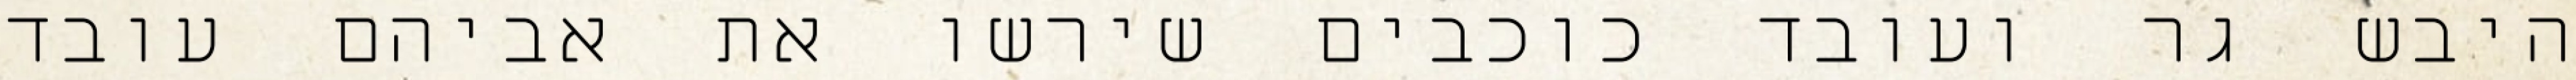
היבש גר ועובד כוכבים שירשו את אביהם עובד